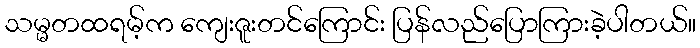
သမ္မတထရမ့်က ကျေးဇူးတင်ကြောင်း ပြန်လည်ပြောကြားခဲ့ပါတယ်။